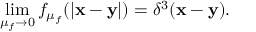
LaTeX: \operatorname * { l i m } _ { \mu _ { f } \to 0 } f _ { \mu _ { f } } ( | { \bf x - y } | ) = \delta ^ { 3 } ( { \bf x - y } ) .